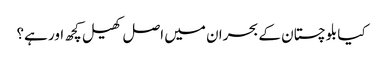
کیا بلوچستان کے بحران میں اصل کھیل کچھ اور ہے؟